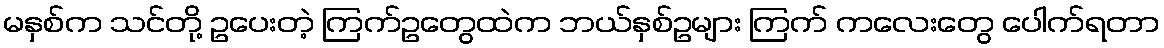
မနှစ်က သင်တို့ ဥပေးတဲ့ ကြက်ဥတွေထဲက ဘယ်နှစ်ဥများ ကြက် ကလေးတွေ ပေါက်ရတာ